Leaving Certificate Examination, 1920
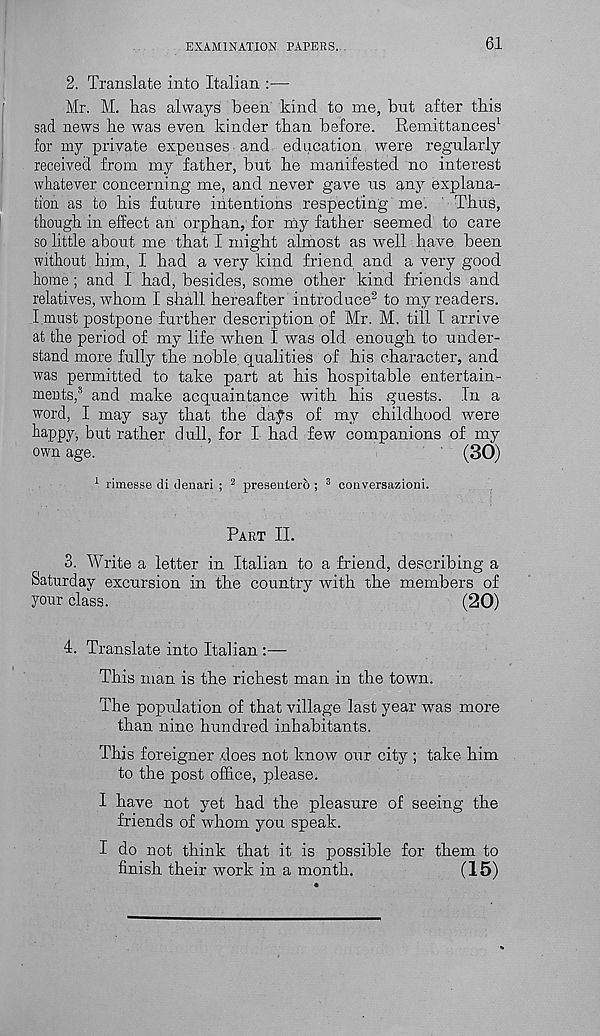
EXAMINATION PAPERS...
61
2. Translate into Italian :—
Mr. M. lias always been kind to me, bnt after this
sad news he was even kinder than before. Remittances 1
for my private expenses and education were regularly
received from my father, but he manifested no interest
whatever concerning me, and never gave us any explana-
tion as to his future intentions respecting me.
Thus,
though in effect an orphan, for niy father seemed to care
so little about me that I might almost as well have been
without him, I had a very kind friend and a very good
home ; and I had, besides, some other kind friends and
relatives, whom I shall hereafter introduce 2 to my readers.
I must postpone further description of Mr. M. till I arrive
at the period of my life when I was old enough to under-
stand more fully the noble, qualities of his character, and
was permitted to take part at his hospitable entertain-
ments, 3 and make acquaintance with his guests. In a
word, I may say that the days of my childhood were
happy, but rather dull, for I had few companions of my
own age.
(30)
1 rimesse di denari ; 2 presenterb ; 3 conversazioni.
Part II.
3. Write a letter in Italian to a friend, describing a
Saturday excursion in the country with the members of
your class.
(20)
4. Translate into Italian :—
This man is the richest man in the town.
The population of that village last year was more
than nine hundred inhabitants.
This foreigner does not know our city ; take him
to the post office, please.
I have not yet had the pleasure of seeing the
friends of whom you speak.
I do not think that it is possible for them to
finish their work in a month.
(15)